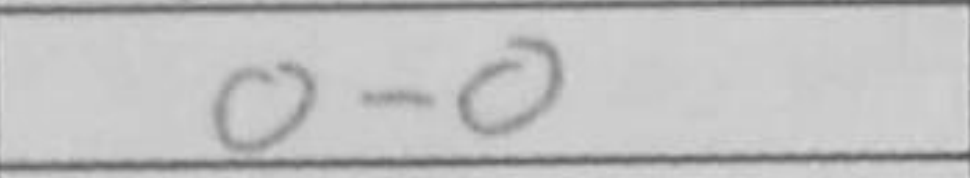
Transcription: O-O